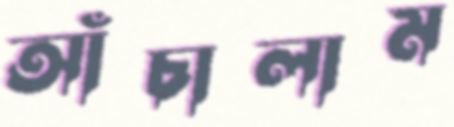
আঁচালাম